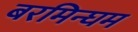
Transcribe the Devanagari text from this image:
बरमिन्घम